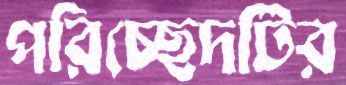
পরিচ্ছেদটির